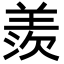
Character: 羨